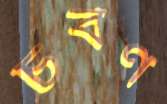
চর্বণ